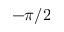
- \pi / 2